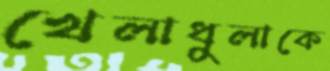
খেলাধুলাকে